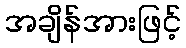
အချိန်အားဖြင့်